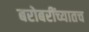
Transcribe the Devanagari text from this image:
बरोबरींच्यातच